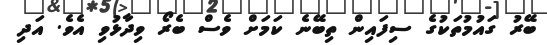
ބޭރު ގައުމުތަކުގެ ސިފައިން ތިބޭނެ ކަމަށް ވެސް ބެރޯ ވިދާޅުވި އެވެ. އަދި